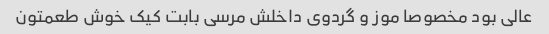
عالی بود مخصوصا موز و گردوی داخلش مرسی بابت کیک خوش طعمتون